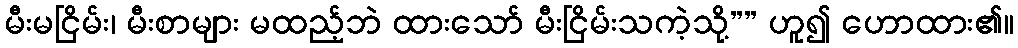
မီးမငြိမ်း၊ မီးစာများ မထည့်ဘဲ ထားသော် မီးငြိမ်းသကဲ့သို့”” ဟူ၍ ဟောထား၏။